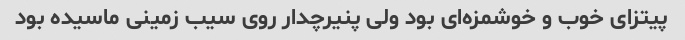
پیتزای خوب و خوشمزه‌ای بود ولی پنیرچدار روی سیب زمینی ماسیده بود